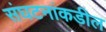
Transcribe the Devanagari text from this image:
संघटनांकडील